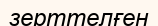
зерттелғен